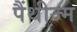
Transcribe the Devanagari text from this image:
पैंथीज्म